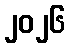
၂၀၂၆